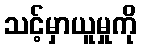
သင့်မှာယူမှုကို